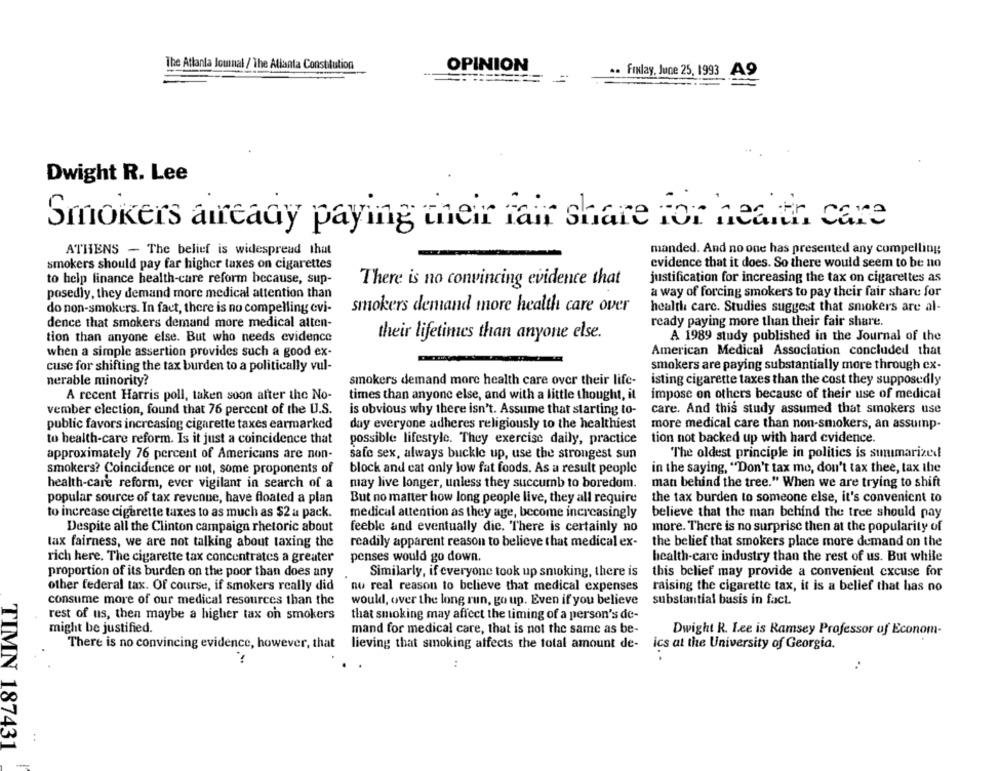
The Atlanta Journal / The Atlanta Constitution
OPINION
.. FINlay, June 25, 1993
A9
Dwight R. Lee
Smokers amready paying their fair share For health care
ATHENS - The belief is widespread that
manded. And no one has presented any compelling
smokers should pay far higher taxes on cigarettes
evidence that it does. So there would seem to be no
to help finance health-care reform because, sup-
There is no convincing evidence that
justification for increasing the tax on cigarettes as
posedly, they demand more medical attention than
a way of forcing smokers to pay their fair share for
do non-smokers. In fact, there is no compelling evi-
smokers demand more health care over
health care. Studies suggest that smokers are al-
dence that smokers demand more medical atten-
ready paying more than their fair share.
tion than anyone else. But who needs evidence
their lifetimes than anyone else.
A 1989 study published in the Journal of the
when a simple assertion provides such a good ex-
American Medical Association concluded that
cuse for shifting the tax burden to a politically vul-
smokers are paying substantially more through ex-
nerable minority?
smokers demand more health care over their life-
isting cigarette taxes than the cost they supposedly
A recent Harris poll, taken soon after the No-
times than anyone else, and with a little thought, it
impose on others because of their use of medical
vember election, found that 76 percent of the U.S.
is obvious why there isn't. Assume that starting to-
care. And this study assumed that smokers use
public favors increasing cigarette taxes earmarked
day everyone adheres religiously to the healthiest
more medical care than non-smokers, an assump-
to health-care reform. Is it just a coincidence that
possible lifestyle. They exercise daily, practice
tion not backed up with hard evidence.
approximately 76 percent of Americans are non-
safe sex, always buckle up, use the strongest sun
The oldest principle in politics is summarized
smokers? Coincidence or not, some proponents of
block and cat only low fat foods. As a result people
in the saying, "Don't tax me, don't tax thee, tax the
health-care reform, ever vigilant in search of a
may live longer, unless they succumb to boredom.
man behind the tree." When we are trying to shift
popular source of tax revenue, have floated a plan
But no matter how long people live, they all require
the tax burden to someone else, it's convenient to
to increase cigarette taxes to as much as $2 a pack.
medical attention as they age, become increasingly
believe that the man behind the tree should pay
Despite all the Clinton campaign rhetoric about
feeble and eventually die. There is certainly no
more. There is no surprise then at the popularity of
lax fairness, we are not talking about taxing the
readily apparent reason to believe that medical ex-
the belief that smokers place more demand on the
rich here. The cigarette tax concentrates a greater
penses would go down.
health-care industry than the rest of us. But while
proportion of its burden on the poor than does any
Similarly, if everyone took up smoking, there is
this belief may provide a convenient excuse for
other federal tax. Of course, if smokers really did
no real reason to believe that medical expenses
raising the cigarette tax, it is a belief that has no
consume more of our medical resources than the
would, over the long run, go up. Even if you believe
substantial basis in fact.
rest of us, then maybe a higher tax on smokers
that smoking may affect the timing of a person's de-
might be justified.
mand for medical care, that is not the same as be-
Dwight R. Lee is Ramsey Professor of Econom-
There is no convincing evidence, however, that
lieving that smoking affects the total amount de-
ics at the University of Georgia.
:
TIMN 187431